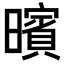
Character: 𣋪